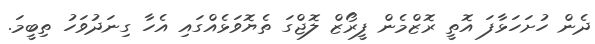
ދެން ހުށަހަޅާފަ އޮތީ ރޮޒްމެން ފީރޯޒް ލޮޖްގަ ތެޔޮވަޅެއްގައި އެހާ ގިނަދުވަހު ތިބީމަ.